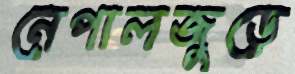
নেপালজুড়ে